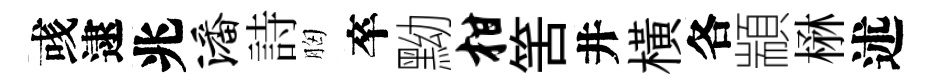
彧逮兆潘詩胸卒黝柑筈井横各顓楙述